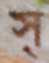
স্